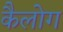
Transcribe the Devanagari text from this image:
कैलोग